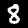
Label: 8